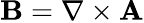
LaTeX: \textbf{B}=\nabla\times\textbf{A}